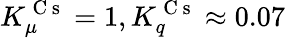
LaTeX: K_{\mu}^{\mathrm{~C~s~}}=1,K_{q}^{\mathrm{~C~s~}}\approx 0.07